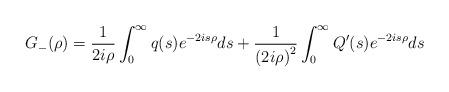
LaTeX: \begin{align*}G_{-}(\rho)=\frac{1}{2i\rho}\int_{0}^{\infty}q(s)e^{-2is\rho}ds+\frac{1}{\left( 2i\rho\right) ^{2}}\int_{0}^{\infty}Q^{\prime}(s)e^{-2is\rho}ds\end{align*}